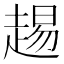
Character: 䞶